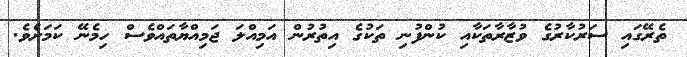
ތެރޭގައި ސަރުކާރުގެ ވުޒާރާތަކާއި ކުންފުނި ތަކުގެ އިތުރުން އަމިއްލަ ޖަމިއްޔާތައްވެސް ހިމެނޭ ކަމަށެވެ.